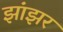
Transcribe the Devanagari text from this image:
झांझर